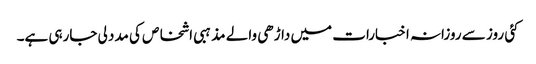
کئی روز سے روزانہ اخبارات میں داڑھی والے مذہبی اشخاص کی مدد لی جارہی ہے۔